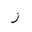
Letter: _zay